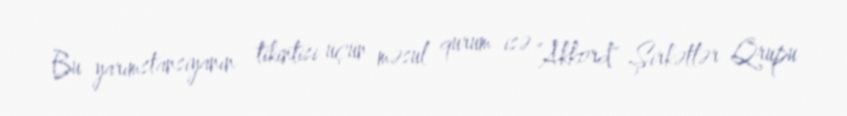
Bu yarımstansiyanın tikintisi üçün məsul qurum isə ”Akkord" Şirkətlər Qrupu